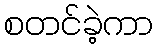
စတင်ခဲ့ကာ